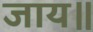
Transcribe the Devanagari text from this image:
जाय॥